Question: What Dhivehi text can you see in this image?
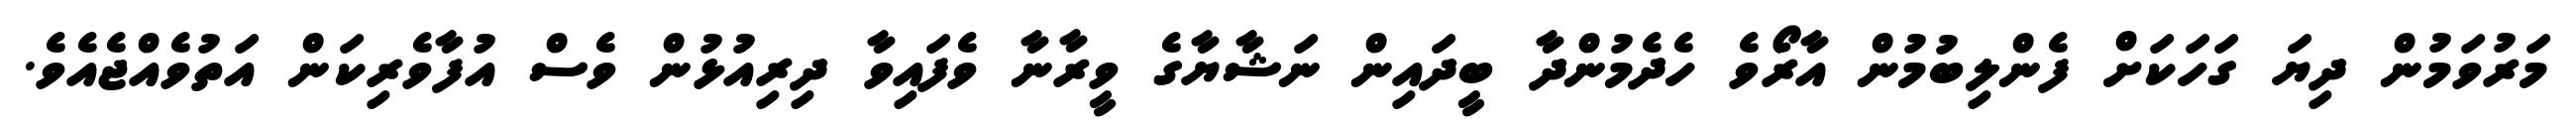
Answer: މަރުވަމުން ދިޔަ ގަހަކަށް ފެންލިބުމުން އާރޯވެ ހެދެމުންދާ ބީދައިން ނަޝާޔާގެ ވީރާނާ ވެފައިވާ ދިރިއުޅުން ވެސް އުފާވެރިކަން އަތުވެއްޖެއެވެ.